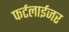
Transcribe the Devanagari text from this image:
फर्टलाईजर